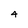
Character: 4